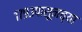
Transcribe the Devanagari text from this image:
१७९३पासूनच्या